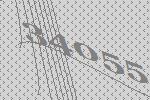
34055